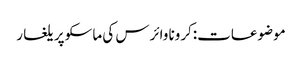
موضوعات:کرونا وائرس کی ماسکو پر یلغار